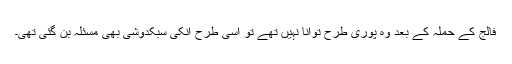
فالج کے حملہ کے بعد وُہ پوری طرح توانا نہیں تھے تو اسی طرح اُنکی سبکدوشی بھی مسئلہ بن گئی تھی۔